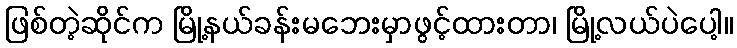
ဖြစ်တဲ့ဆိုင်က မြို့နယ်ခန်းမဘေးမှာဖွင့်ထားတာ၊ မြို့လယ်ပဲပေါ့။